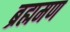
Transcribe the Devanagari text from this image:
ब्रह्ममण